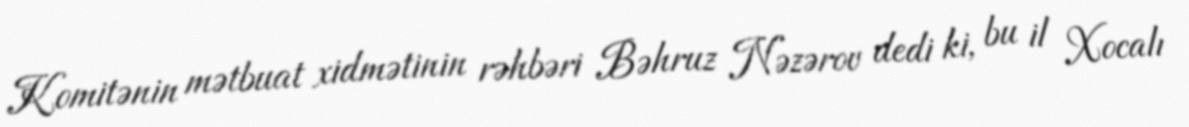
Komitənin mətbuat xidmətinin rəhbəri Bəhruz Nəzərov dedi ki, bu il Xocalı